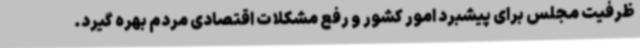
ظرفیت مجلس برای پیشبرد امور کشور و رفع مشکلات اقتصادی مردم بهره گیرد.